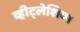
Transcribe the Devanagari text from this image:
व्हीट्लेशिया